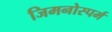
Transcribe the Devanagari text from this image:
जिमनोस्पर्म